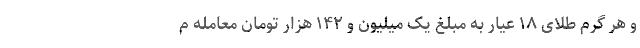
و هر گرم طلای ۱۸ عیار به مبلغ یک میلیون و ۱۴۲ هزار تومان معامله م